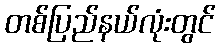
တစ်ပြည်နယ်လုံးတွင်